Report on vaccination in the Province of Bengal - 1874-1889
Year: 1874
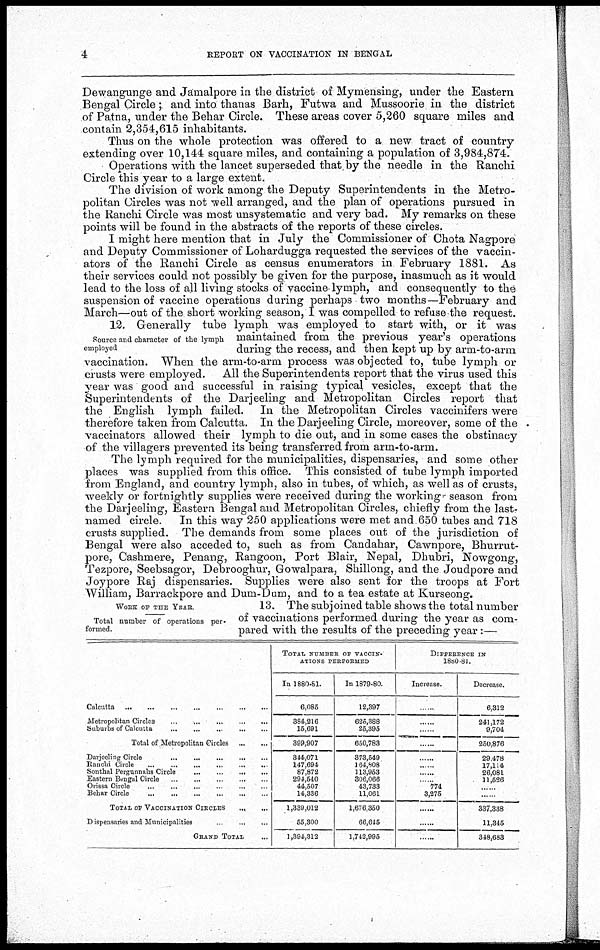
4
REPORT ON VACCINATION IN BENGAL
Dewangunge and Jamalpore in the district of Mymensing, under the Eastern
Bengal Circle; and into thanas Barh, Futwa and Mussoorie in the district
of Patna, under the Behar Circle. These areas cover 5,260 square miles and
contain 2,354,615 inhabitants.
Thus on the whole protection was offered to a new tract of country-
extending over 10,144 square miles, and containing a population of 3,984,874.
Operations with the lancet superseded that by the needle in the Ranchi
Circle this year to a large extent.
The division of work among the Deputy Superintendents in the Metro-
politan Circles was not well arranged, and the plan of operations pursued in
the Ranchi Circle was most unsystematic and very bad. My remarks on these
points will be found in the abstracts of the reports of these circles.
I might here mention that in July the Commissioner of Chota Nagpore
and Deputy Commissioner of Lohardugga requested the services of the vaccin-
ators of the Ranchi Circle as census enumerators in February 1881. As
their services could not possibly be given for the purpose, inasmuch as it would
lead to the loss of all living stocks of vaccine lymph, and consequently to the
suspension of vaccine operations during perhaps two months—February and
March—out of the short working season, I was compelled to refuse the request.
Source and character of the lymph
employed
12. Generally tube lymph was employed to start with, or it was
maintained from the previous year's operations
during the recess, and then kept up by arm-to-arm
vaccination. When the arm-to-arm process was objected to, tube lymph or
crusts were employed. All the Superintendents report that the virus used this
year was good and successful in raising typical vesicles, except that the
Superintendents of the Darjeeling and Metropolitan Circles report that
the English lymph failed. In the Metropolitan Circles vaccinifers were
therefore taken from Calcutta. In the Darjeeling Circle, moreover, some of the
vaccinators allowed their lymph to die out, and in some cases the obstinacy
of the villagers prevented its being transferred from arm-to-arm.
The lymph required for the municipalities, dispensaries, and some other
places was supplied from this office. This consisted of tube lymph imported
from England, and country lymph, also in tubes, of which, as well as of crusts,
weekly or fortnightly supplies were received during the working season from
the Darjeeling, Eastern Bengal and Metropolitan Circles, chiefly from the last-
named circle. In this way 250 applications were met and 650 tubes and 718
crusts supplied. The demands from some places out of the jurisdiction of
Bengal were also acceded to, such as from Candahar, Cawnpore, Bhurrut-
pore, Cashmere, Penang, Rangoon, Port Blair, Nepal, Dhubri, Nowgong,
Tezpore, Seebsagor, Debrooghur, Gowalpara, Shillong, and the Joudpore and
Joypore Raj dispensaries. Supplies were also sent for the troops at Fort
William, Barrackpore and Dum-Dam, and to a tea estate at Kurseong.
WORK OF THE YEAR
Total number of operations per.
formed.
13. The subjoined table shows the total number
of vaccinations performed during the year as com-
pared with the results of the preceding year:—
Calcutta
...
...
...
...
...
...
...
Metropolitan Circles
...
...
...
...
...
Suburbs of Calcutta
...
...
...
...
...
Total of Metropolitan Circles
...
...
Darjeeling Circle
...
...
...
...
...
Ranchi Circle
...
...
...
...
...
...
Sonthal Pergunnahs Circle
...
...
...
...
Eastern Bengal Circle
...
...
...
...
...
Orissa Circle
...
...
...
...
...
...
Behar Circle
...
...
...
...
...
...
TOTAL OF VACCINATION CIRCLES
... ...
Dispensaries and Municipalities
...
...
GRAND TOTAL ...
TOTAL NUMBER OF VACCIN-
ATIONS PERFORMED
In 1880-81.
6,085
384,216
15,691
399,907
344,071
147,694
87,872
294,540
44,507
14,336
1,339,012
55,300
1,394,312
In 1879-80.
12,397
625,388
25,395
650,783
373,549
164,808
113,953
306,066
43,733
11,061
1,676,350
66,645
1,742,995
DIFFERENCE IN
1880-81.
Increase.
......
......
......
......
......
......
......
......
774
3,275
......
......
......
Decrease.
6,312
241,172
9,704
250,876
29,478
17,114
26,081
11,526
......
......
337,338
11,345
348,683